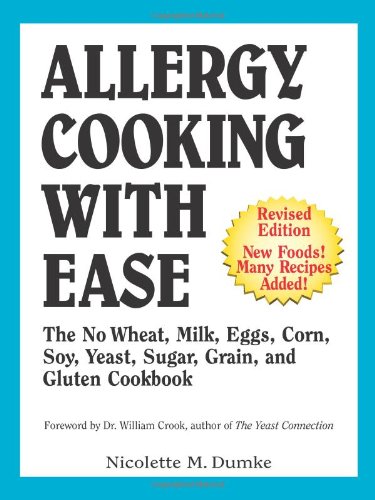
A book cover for Allergy Cooking with Ease: The No Wheat, Milk, Eggs, Corn, and Soy Cookbook; Nicolette M. Dumke; Cookbooks, Food & Wine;